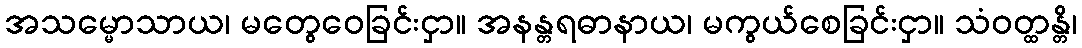
အသမ္မောသာယ၊ မတွေဝေခြင်းငှာ။ အနန္တရဓာနာယ၊ မကွယ်စေခြင်းငှာ။ သံဝတ္ထန္တိ၊